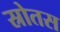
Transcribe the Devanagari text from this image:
स्रोतस